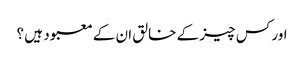
اور کس چیز کے خالق ان کے معبود ہیں ؟